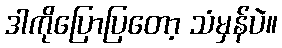
ဒါကိုပြောပြတော့ သံမှန်ပဲ။